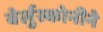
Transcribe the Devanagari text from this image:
बेर्लुस्कोनीने